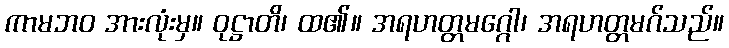
ကာမဘဝ အားလုံးမှ။ ဝုဋ္ဌာတိ၊ ထ၏။ အရဟတ္တမဂ္ဂေါ၊ အရဟတ္တမဂ်သည်။